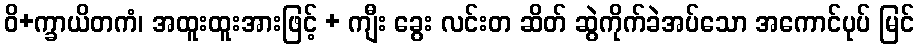
ဝိ+က္ခာယိတကံ၊ အထူးထူးအားဖြင့် + ကျီး ခွေး လင်းတ ဆိတ် ဆွဲကိုက်ခဲအပ်သော အကောင်ပုပ် မြင်